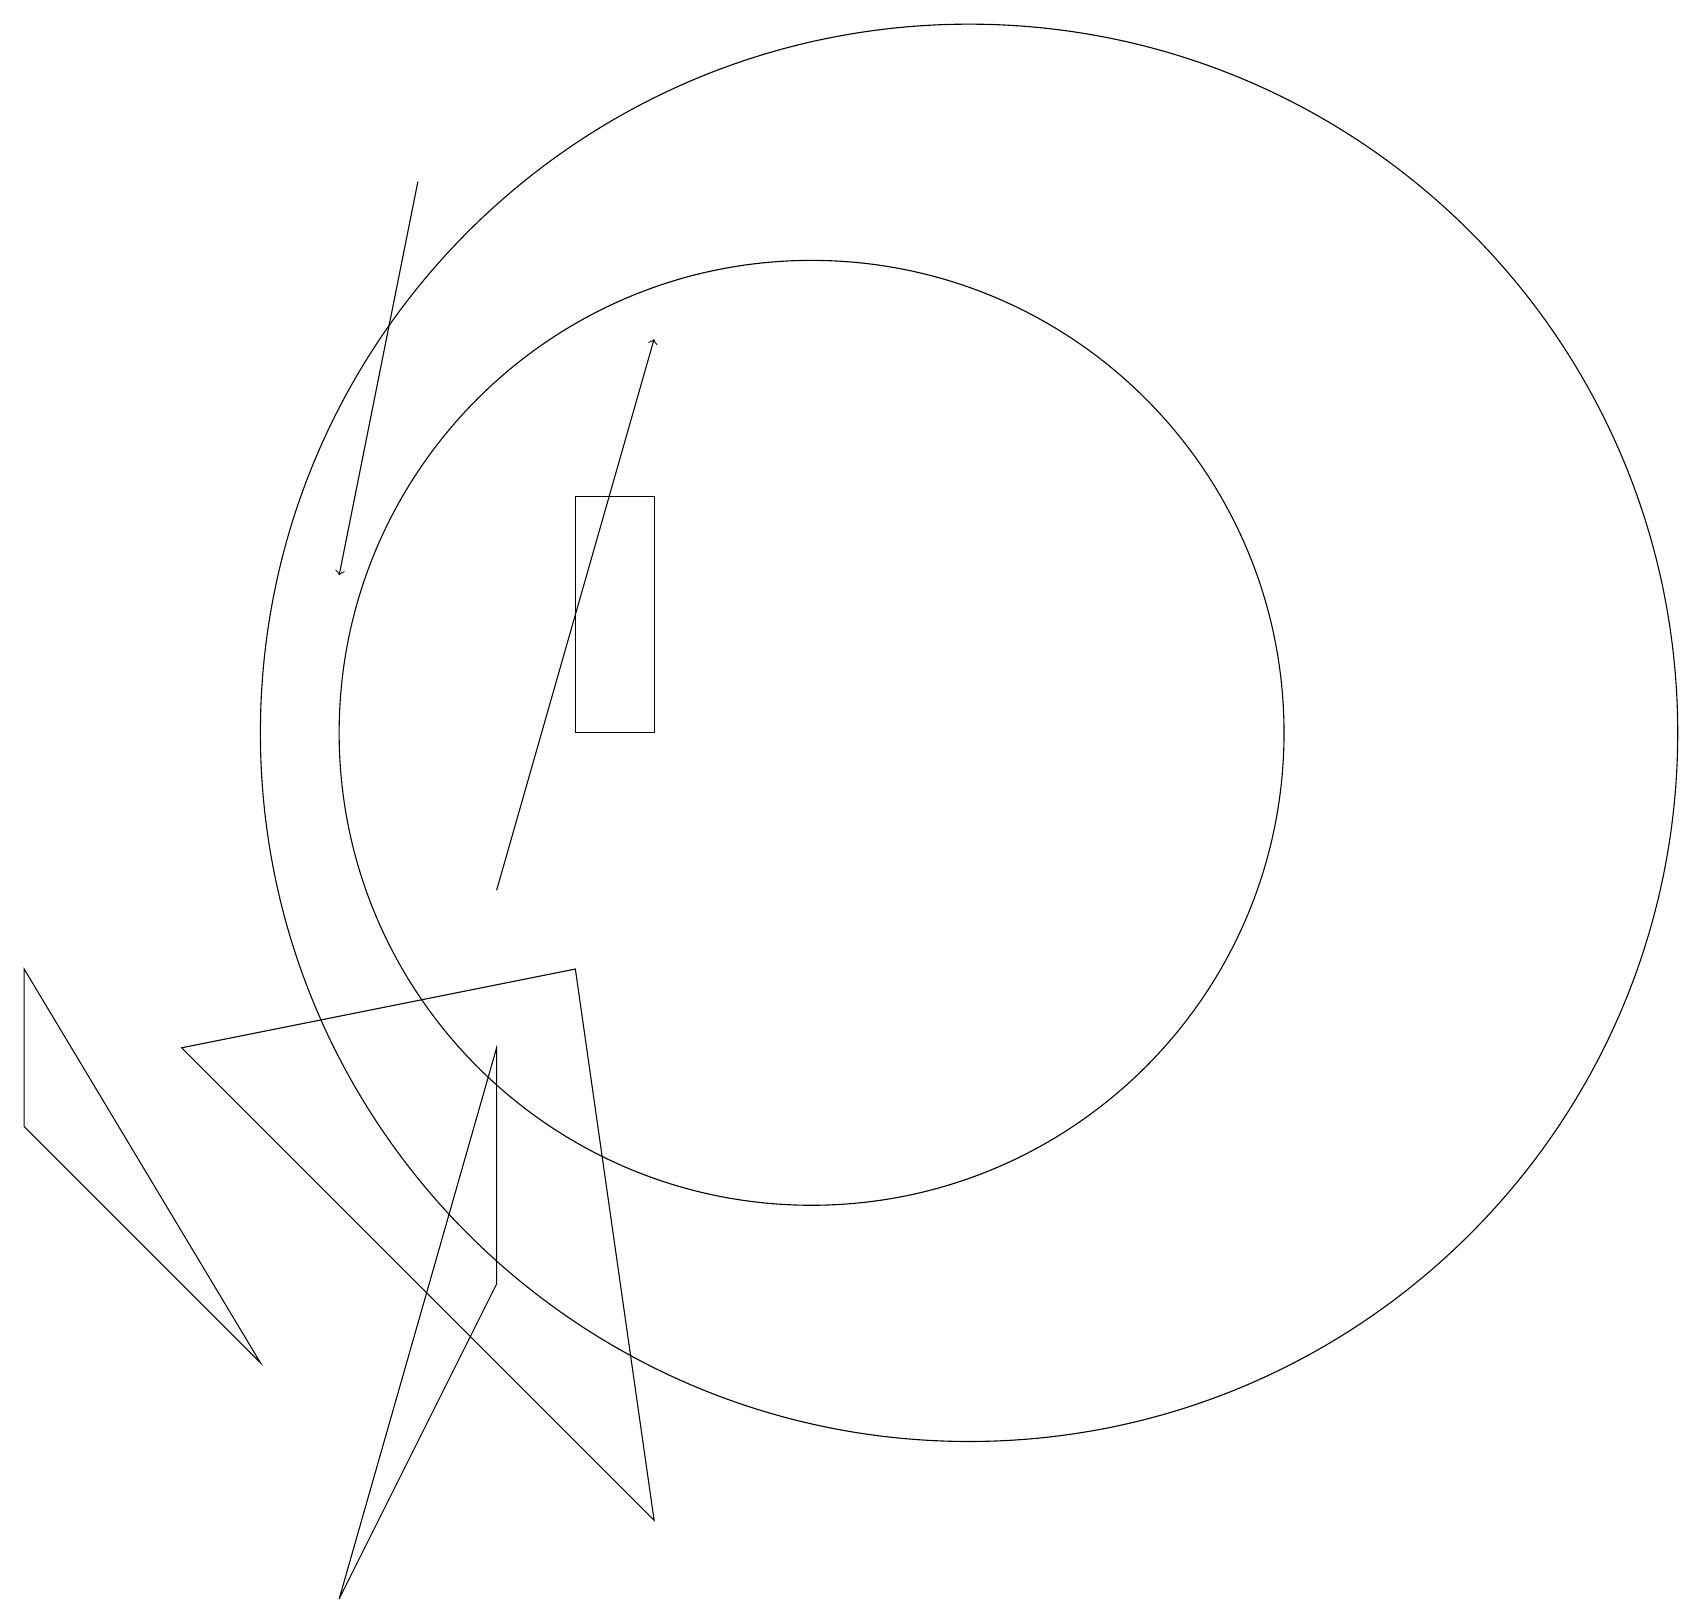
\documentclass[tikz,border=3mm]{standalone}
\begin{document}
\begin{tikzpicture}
\draw[->] (5,19) -- (4,14);
\draw[->] (6,10) -- (8,17);
\draw (3,4) -- (0,9) -- (0,7) -- cycle;
\draw (6,8) -- (4,1) -- (6,5) -- cycle;
\draw (8,15) rectangle (7,12);
\draw (2,8) -- (8,2) -- (7,9) -- cycle;
\draw (12,12) circle (9);
\draw (10,12) circle (6);
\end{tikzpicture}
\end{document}